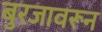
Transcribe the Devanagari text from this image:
बुरजावरून